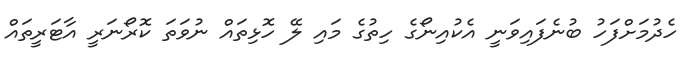
ހެދުމަށްފަހު ބުނެފައިވަނީ އެކުއިނޯގެ ހިތުގެ މައި ލޭ ހޮޅިތައް ނުވަތަ ކޮރޯނަރީ އާޓަރީތައް